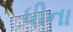
ધીના